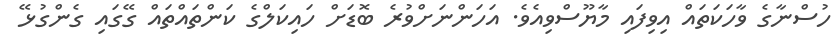
ހުސްނާގެ ވާހަކަތައް އިވިފައި މާޔޫސްވިއެވެ. އަހަންނަށްވުރެ ބޮޑަށް ހައިކަލްގެ ކަންތައްތައް ގޭގައި ގެންގުޅޭ